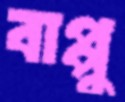
বাপ্পু